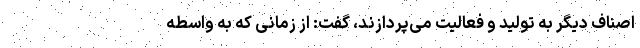
اصناف دیگر به تولید و فعالیت می‌پردازند، گفت: از زمانی که به واسطه